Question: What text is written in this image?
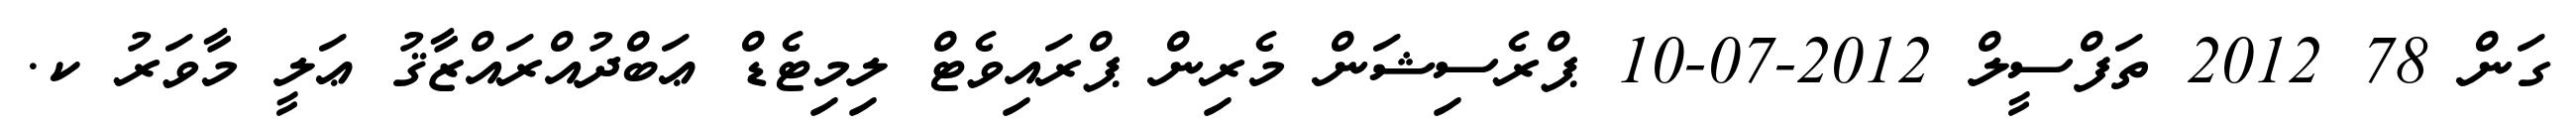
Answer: ގަން 78 2012 ތަފްސީލް 2012-07-10 ޕްރެސިޝަން މެރިން ޕްރައިވެޓް ލިމިޓެޑް ޢަބްދުއްރައްޒާޤު ޢަލީ މާވަރު ކ.